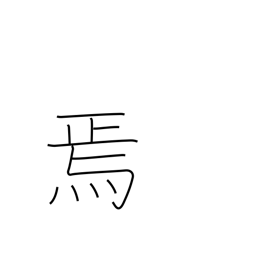
Meaning: then